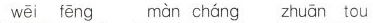
wēi fēng màn cháng zhuān tou